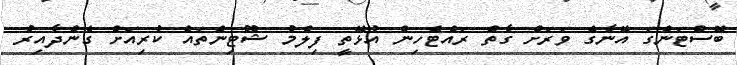
ބޮސްޓަންގަ އޭނާގެ ވަރަށް ގާތް ރައްޓެހިން އުޅޭތީ ފިލްމު ޝޫޓިންތައް ކުރިއަށް ގެންދާއިރު